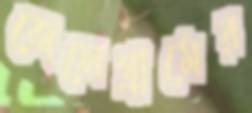
জেলেগ্রামের